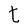
Character: t